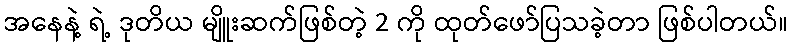
အနေနဲ့ ရဲ့ ဒုတိယ မျိူးဆက်ဖြစ်တဲ့ 2 ကို ထုတ်ဖော်ပြသခဲ့တာ ဖြစ်ပါတယ်။